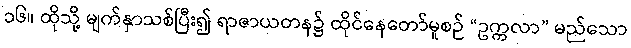
၁၆။ ထိုသို့ မျက်နှာသစ်ပြီး၍ ရာဇာယတန၌ ထိုင်နေတော်မူစဉ် “ဥက္ကလာ” မည်သော